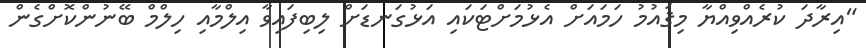
"އިރާދަ ކުރެއްވިއްޔާ މިޤައުމު ހަމައަށް އެޅުމަށްޓަކައި އަޅުގަނޑަށް ލިބިފައިވާ އިލްމާއި ހިލްމް ބޭނުންކޮށްގެން